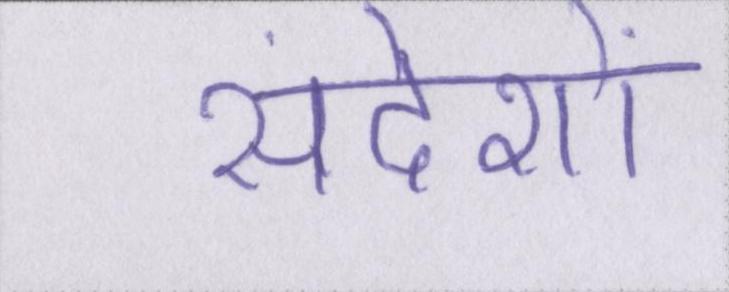
संदेशों